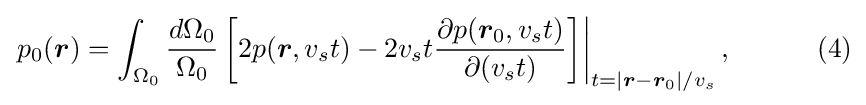
\left.p_{0}({\boldsymbol {r}})=\int _{\Omega _{0}}{\frac {d\Omega _{0}}{\Omega _{0}}}\left[2p({\boldsymbol {r}},v_{s}t)-2v_{s}t{\frac {\partial p({\boldsymbol {r}}_{0},v_{s}t)}{\partial (v_{s}t)}}\right]\right|_{t=|{\boldsymbol {r}}-{\boldsymbol {r}}_{0}|/v_{s}},\qquad \quad (4)